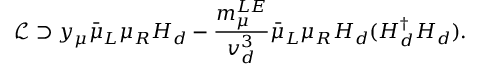
\mathcal { L } \supset y _ { \mu } \bar { \mu } _ { L } \mu _ { R } H _ { d } - \frac { m _ { \mu } ^ { L E } } { v _ { d } ^ { 3 } } \bar { \mu } _ { L } \mu _ { R } H _ { d } ( H _ { d } ^ { \dagger } H _ { d } ) .